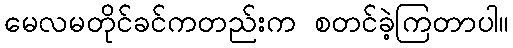
မေလမတိုင်ခင်ကတည်းက စတင်ခဲ့ကြတာပါ။